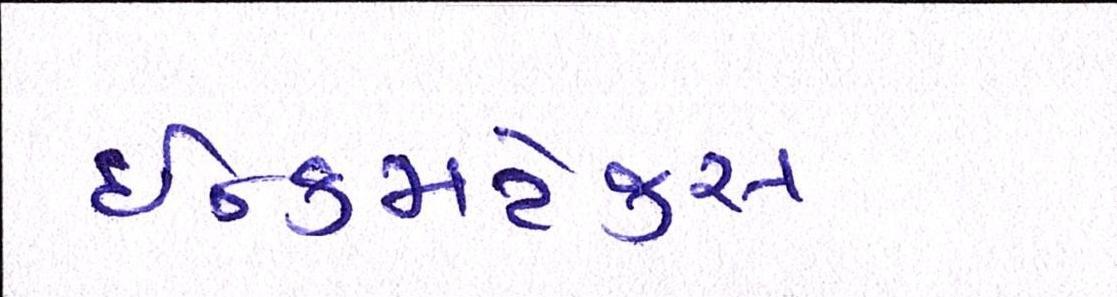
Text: ઇન્કમટેક્સ